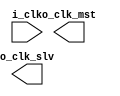
module crm (
    input             i_clk,
    output            o_clk_mst,
    output            o_clk_slv

);

endmodule